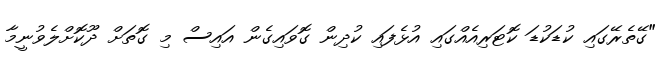
"ގޭތެރޭގައި ކުޑަކުޑަ ކޮޓަރިއެއްގައި އުޅެފައި ކުދިން ގޮވައިގެން އައިސް މި ގޮތަށް ދޫކޮށްލެވުނީމާ